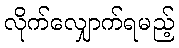
လိုက်လျှောက်ရမည့်